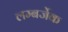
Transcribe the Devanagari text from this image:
लम्बर्जेक